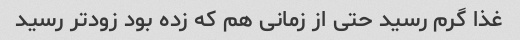
غذا گرم رسید حتی از زمانی هم که زده بود زودتر رسید